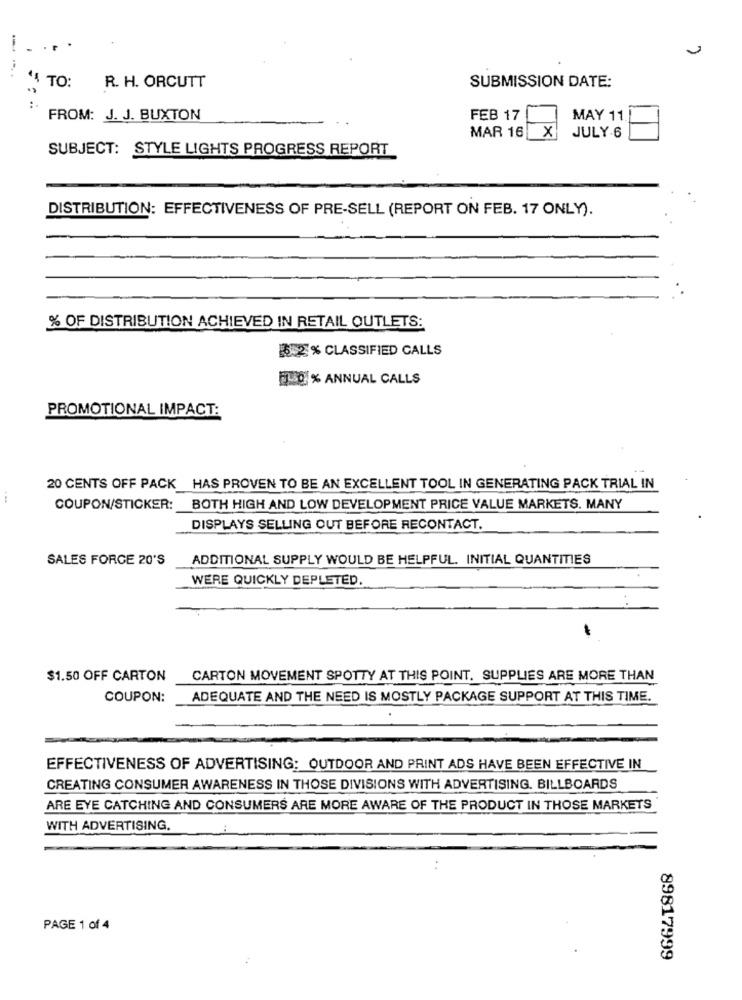
...
" TO:
R. H. ORCUTT
SUBMISSION DATE:
:.
FROM: J. J. BUXTON
FEB 17
MAY 11.]
MAR 16 X| JULY.6
SUBJECT: STYLE LIGHTS PROGRESS REPORT
DISTRIBUTION: EFFECTIVENESS OF PRE-SELL (REPORT ON FEB. 17 ONLY).
% OF DISTRIBUTION ACHIEVED IN RETAIL OUTLETS:
652 % CLASSIFIED CALLS
30% ANNUAL CALLS
PROMOTIONAL IMPACT:
20 CENTS OFF PACK HAS PROVEN TO BE AN EXCELLENT TOOL IN GENERATING PACK TRIAL IN
COUPON/STICKER: BOTH HIGH AND LOW DEVELOPMENT PRICE VALUE MARKETS. MANY
DISPLAYS SELLING OUT BEFORE RECONTACT.
SALES FORCE 20'S
ADDITIONAL SUPPLY WOULD BE HELPFUL. INITIAL QUANTITIES
WERE QUICKLY DEPLETED.
$1.50 OFF CARTON
CARTON MOVEMENT SPOTTY AT THIS POINT. SUPPLIES ARE MORE THAN
COUPON:
ADEQUATE AND THE NEED IS MOSTLY PACKAGE SUPPORT AT THIS TIME.
EFFECTIVENESS OF ADVERTISING: OUTDOOR AND PRINT ADS HAVE BEEN EFFECTIVE IN
CREATING CONSUMER AWARENESS IN THOSE DIVISIONS WITH ADVERTISING. BILLBOARDS
ARE EYE CATCHING AND CONSUMERS ARE MORE AWARE OF THE PRODUCT IN THOSE MARKETS
WITH ADVERTISING.
PAGE 1 of 4
89817999